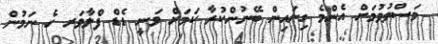
މަސްތުވުމަށް އެންމެ ގިނައިން ބޭނުންކުރާ ކަމަށް ވަނީ ޑެޑް ފްލާވަރ ގެ ނަމުން